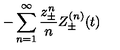
- \sum _ { n = 1 } ^ { \infty } \frac { z _ { \pm } ^ { n } } { n } Z _ { \pm } ^ { ( n ) } ( t )